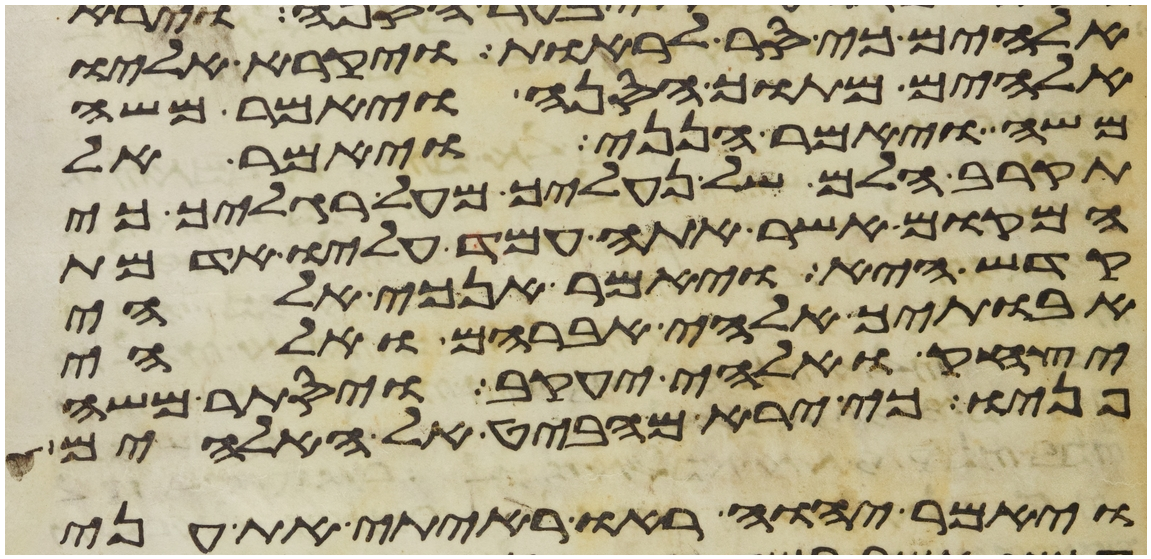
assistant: אלהים כי סר לראות ויקרא אליו
אלהים מתוך הסנה ויאמר משה
משה ויאמר הנני ויאמר אל
תקרב הלם של נעליך מעל רגליך כי
המקום אשר אתה עמד עליו אדמת
קדש היא ויאמר אנכי אלהי
אבתיך אלהי אברהם ואלהי
יצחק ואלהי יעקב ויסתר משה
פניו כי ירא מהביט אל האלהים
ויאמר יהוה ראו ראיתי את עני